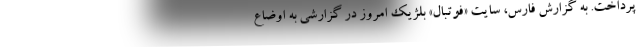
پرداخت. به گزارش فارس، سایت «فوتبال» بلژیک امروز در گزارشی به اوضاع